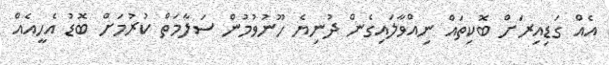
އެއް ގަޑިއިރަށް ބޮކިތައް ނިއްވާލައިގެން ދުނިޔެ ހޫނުވުމުން ސަލާމަތް ކުރުމަށް ބޮޑު އެހީއެއް